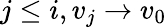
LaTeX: j\leq i,v_{j}\rightarrow v_{0}